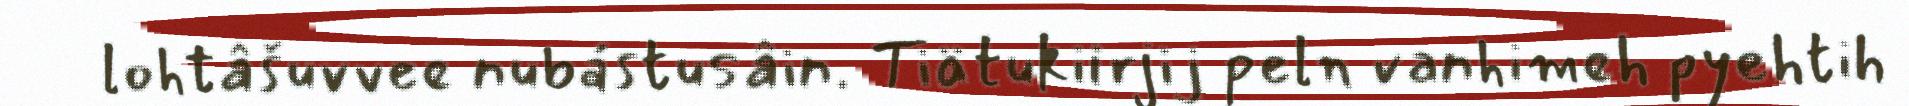
lohtâšuvvee nubástusâin. Tiätukiirjij peln vanhimeh pyehtih